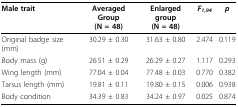
<table><thead><tr><td><b>Male trait</b></td><td><b>Averaged Group(N = 48)</b></td><td><b>Enlarged group(N = 48)</b></td><td><b><i>F<sub>1,94</sub></i></b></td><td><b><i>p</i></b></td></tr></thead><tbody><tr><td>Original badge size (mm)</td><td>30.29 ± 0.30</td><td>31.63 ± 0.80</td><td>2.474</td><td>0.119</td></tr><tr><td>Body mass (g)</td><td>26.51 ± 0.29</td><td>26.29 ± 0.27</td><td>1.117</td><td>0.293</td></tr><tr><td>Wing length (mm)</td><td>77.04 ± 0.04</td><td>77.48 ± 0.03</td><td>0.770</td><td>0.382</td></tr><tr><td>Tarsus length (mm)</td><td>19.81 ± 0.11</td><td>19.80 ± 0.15</td><td>0.006</td><td>0.938</td></tr><tr><td>Body condition</td><td>34.39 ± 0.83</td><td>34.24 ± 0.97</td><td>0.025</td><td>0.874</td></tr></tbody></table>